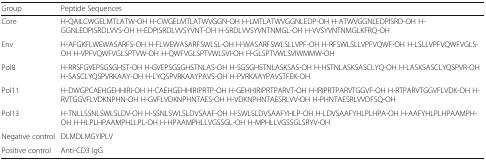
<table><thead><tr><td><b>Group</b></td><td><b>Peptide Sequences</b></td></tr></thead><tbody><tr><td>Core</td><td>H-QAILCWGELMTLATW-OH H-CWGELMTLATWVGGN-OH H-LMTLATWVGGNLEDP-OH H-ATWVGGNLEDPISRD-OH H-GGNLEDPISRDLVVS-OH H-EDPISRDLVVSYVNT-OH H-SRDLVVSYVNTNMGL-OH H-VVSYVNTNMGLKFRQ-OH</td></tr><tr><td>Env</td><td>H-AFGKFLWEWASARFS-OH H-FLWEWASARFSWLSL-OH H-WASARFSWLSLLVPF-OH H-RFSWLSLLVPFVQWF-OH H-LSLLVPFVQWFVGLS-OH H-VPFVQWFVGLSPTVW-OH H-QWFVGLSPTVWLSVI-OH H-GLSPTVWLSVIWMMW-OH</td></tr><tr><td>Pol8</td><td>H-RRSFGVEPSGSGHST-OH H-GVEPSGSGHSTNLAS-OH H-SGSGHSTNLASKSAS-OH H-HSTNLASKSASCLYQ-OH H-LASKSASCLYQSPVR-OH H-SASCLYQSPVRKAAY-OH H-LYQSPVRKAAYPAVS-OH H-PVRKAAYPAVSTFEK-OH</td></tr><tr><td>Pol11</td><td>H-DWGPCAEHGEHHIRI-OH H-CAEHGEHHIRIPRTP-OH H-GEHHIRIPRTPARVT-OH H-IRIPRTPARVTGGVF-OH H-RTPARVTGGVFLVDK-OH H-RVTGGVFLVDKNPHN-OH H-GVFLVDKNPHNTAES-OH H-VDKNPHNTAESRLVV-OH H-PHNTAESRLVVDFSQ-OH</td></tr><tr><td>Pol13</td><td>H-TNLLSSNLSWLSLDV-OH H-SSNLSWLSLDVSAAF-OH H-SWLSLDVSAAFYHLP-OH H-LDVSAAFYHLPLHPA-OH H-AAFYHLPLHPAAMPH-OH H-HLPLHPAAMPHLLPL-OH H-HPAAMPHLLVGSSGL-OH H-MPHLLVGSSGLSRYV-OH</td></tr><tr><td>Negative control</td><td>DLMDLMGYIPLV</td></tr><tr><td>Positive control</td><td>Anti-CD3 IgG</td></tr></tbody></table>